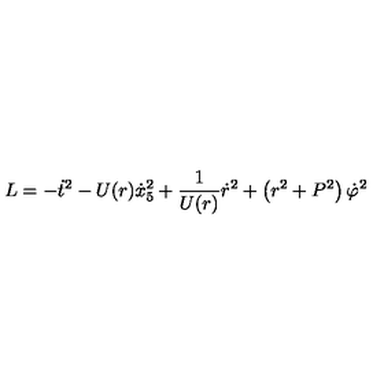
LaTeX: L = - { \dot { t } } ^ { 2 } - U ( r ) { \dot { x } _ { 5 } } ^ { 2 } + \frac { 1 } { U ( r ) } { \dot { r } } ^ { 2 } + \left( r ^ { 2 } + P ^ { 2 } \right) { \dot { \varphi } } ^ { 2 }